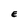
Character: E